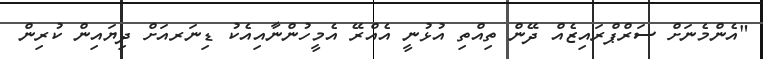
"އެންމެނަށް ސަރްޕްރައިޒެއް ދޭން ތިއްތި އުޅުނީ އެއްރޭ އެމީހުންނާއިއެކު ޑިނަރއަށް ދިޔައިން ކުރިން